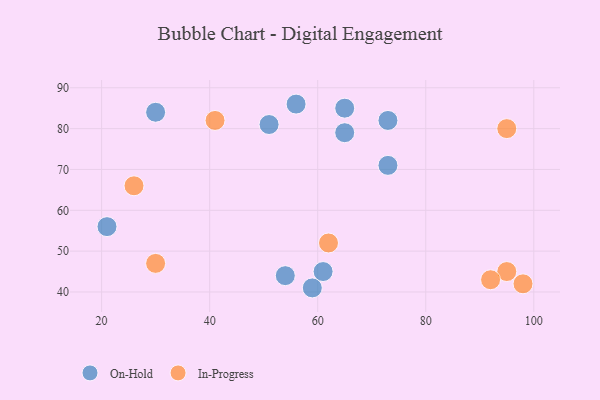
{"axis": {"x": "GDP", "y": "Life Expectancy"}, "legend": ["In-Progress", "On-Hold"], "data": [{"x": "51", "y": 81, "type": "On-Hold"}, {"x": "21", "y": 56, "type": "On-Hold"}, {"x": "54", "y": 44, "type": "On-Hold"}, {"x": "65", "y": 85, "type": "On-Hold"}, {"x": "65", "y": 79, "type": "On-Hold"}, {"x": "56", "y": 86, "type": "On-Hold"}, {"x": "73", "y": 82, "type": "On-Hold"}, {"x": "59", "y": 41, "type": "On-Hold"}, {"x": "73", "y": 71, "type": "On-Hold"}, {"x": "61", "y": 45, "type": "On-Hold"}, {"x": "30", "y": 84, "type": "On-Hold"}, {"x": "95", "y": 45, "type": "In-Progress"}, {"x": "30", "y": 47, "type": "In-Progress"}, {"x": "41", "y": 82, "type": "In-Progress"}, {"x": "92", "y": 43, "type": "In-Progress"}, {"x": "98", "y": 42, "type": "In-Progress"}, {"x": "95", "y": 80, "type": "In-Progress"}, {"x": "62", "y": 52, "type": "In-Progress"}, {"x": "26", "y": 66, "type": "In-Progress"}]}